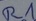
Text: R1